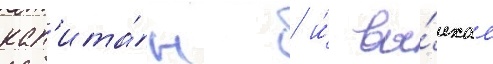
кап'ита́н / и́ вы́ехал